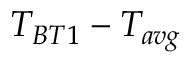
T _ { B T 1 } - T _ { a v g }